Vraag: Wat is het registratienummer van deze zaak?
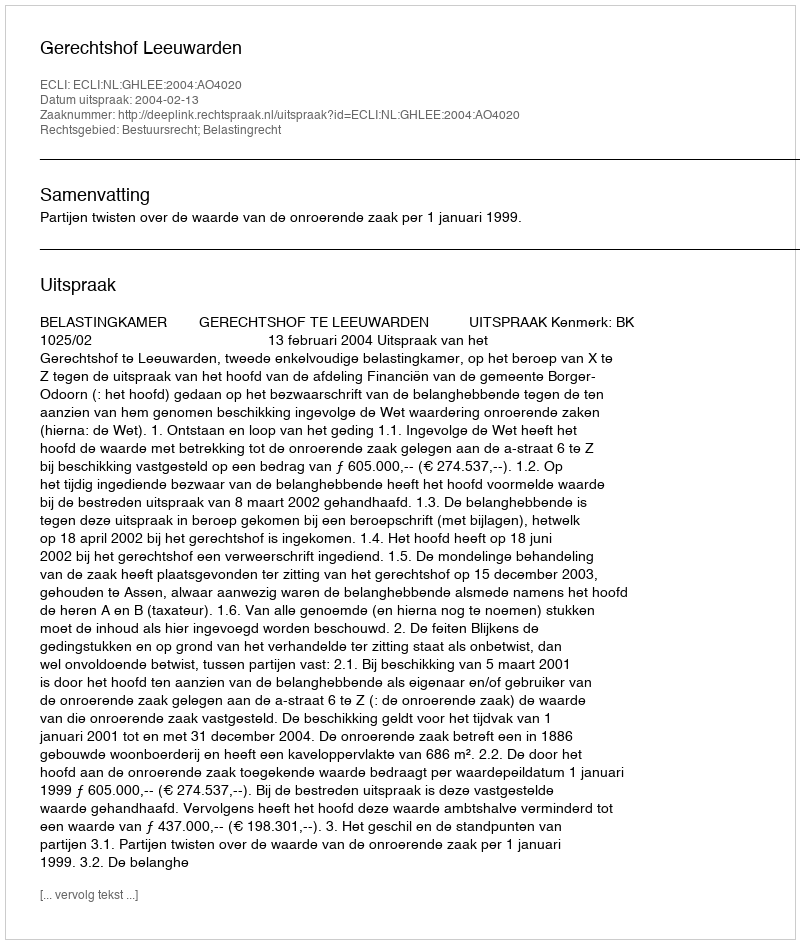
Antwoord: http://deeplink.rechtspraak.nl/uitspraak?id=ECLI:NL:GHLEE:2004:AO4020